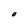
Character: O